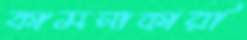
কামনাকারী